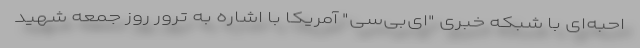
احبه‌ای با شبکه خبری "ای‌بی‌سی" آمریکا با اشاره به ترور روز جمعه شهید